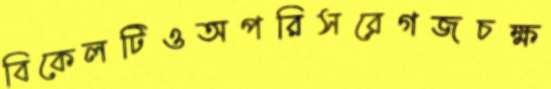
বিকেলটিওঅপরিসরেগজচক্ষ